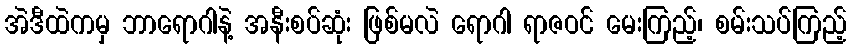
အဲဒီထဲကမှ ဘာရောဂါနဲ့ အနီးစပ်ဆုံး ဖြစ်မလဲ ရောဂါ ရာဇဝင် မေးကြည့်၊ စမ်းသပ်ကြည့်